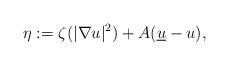
LaTeX: \begin{align*}\eta := \zeta (|\nabla u|^2) + A (\underline{u} - u),\end{align*}